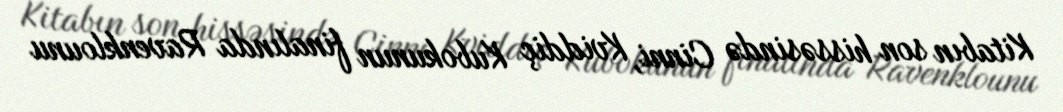
Kitabın son hissəsində Cinni, Kviddiç Kubokunun finalında Ravenklounu